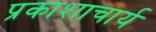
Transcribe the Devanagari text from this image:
प्रकाशाचार्य